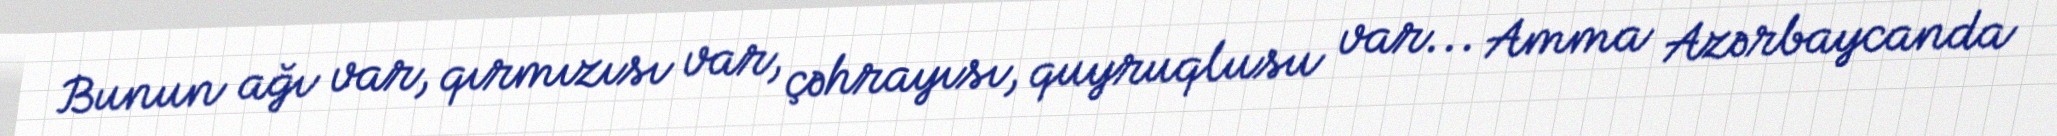
Bunun ağı var, qırmızısı var, çəhrayısı, quyruqlusu var... Amma Azərbaycanda